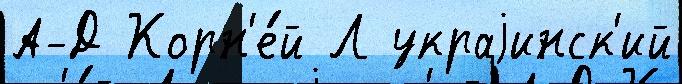
А-Д Корн'е́й Л украjинск'ий